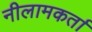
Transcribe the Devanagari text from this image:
नीलामकर्ता